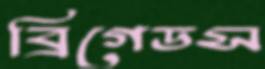
ব্রিগেডস